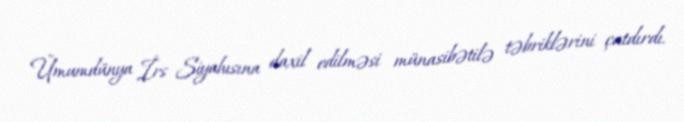
Ümumdünya İrs Siyahısına daxil edilməsi münasibətilə təbriklərini çatdırdı.